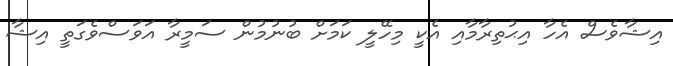
އިޝާވެސް އެހާ އިޙުތިރާމާއި އެކީ މިހޭލީ ކަމަށް ބުނުމުން ސަމީރާ އަވަސްވެގަތީ އިޝާ